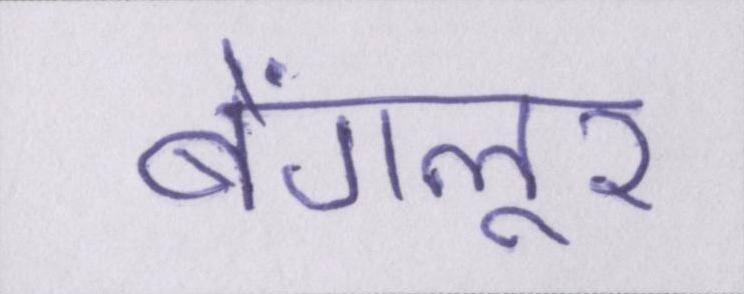
बेंगलूर